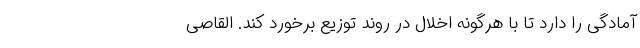
آمادگی را دارد تا با هرگونه اخلال در روند توزیع برخورد کند. القاصی